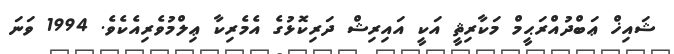
ޝައިޚް ޢަބްދުއްރަޙީމް މަކާރިޘީ އަކީ އައިރިޝް ދަރިކޮޅުގެ އެމެރިކާ ޢިލްމުވެރިއެކެވެ. 1994 ވަނަ